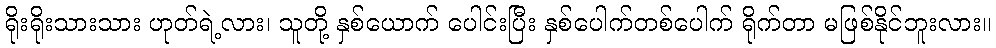
ရိုးရိုးသားသား ဟုတ်ရဲ့လား၊ သူတို့ နှစ်ယောက် ပေါင်းပြီး နှစ်ပေါက်တစ်ပေါက် ရိုက်တာ မဖြစ်နိုင်ဘူးလား။